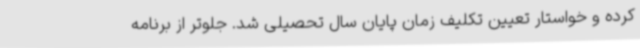
کرده و خواستار تعیین تکلیف زمان پایان سال تحصیلی شد. جلوتر از برنامه